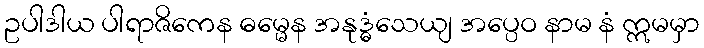
ဥပါဒါယ ပါရာဇိကေန ဓမ္မေန အနုဒ္ဓံသေယျ အပ္ပေဝ နာမ နံ ဣမမှာ